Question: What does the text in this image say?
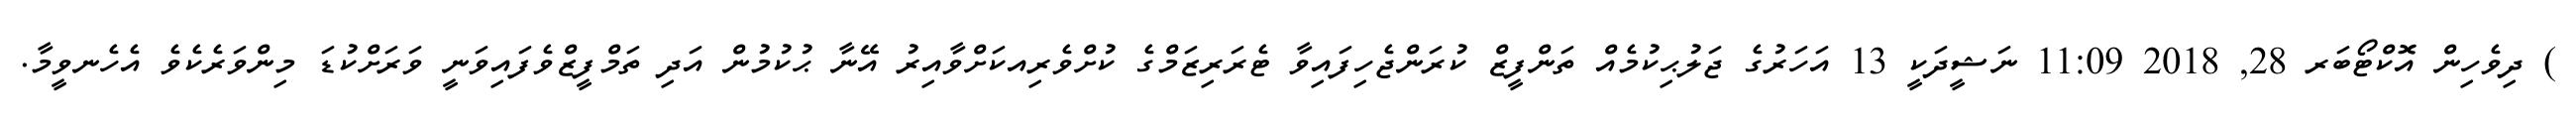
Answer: ) ދިވެހިން އޮކްޓޯބަރ 28, 2018 11:09 ނަޝީދަކީ 13 އަހަރުގެ ޖަލުޙިކުމެއް ތަންފީޒް ކުރަންޖެހިފައިވާ ޓެރަރިޒަމްގެ ކުށްވެރިއކަށްވާއިރު އޭނާ ޙުކުމުން އަދި ތަމްފީޒްވެފައިވަނީ ވަރަށްކުޑަ މިންވަރެކެވެ އެހެނވީމާ.